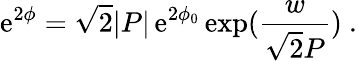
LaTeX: {\mathrm{e}}^{2\phi}=\sqrt{2}|P|\, {\mathrm{e}}^{2\phi_{0}}\, \mathrm{exp}(\frac{w}{\sqrt{2}P})\ .